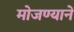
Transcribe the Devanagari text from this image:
मोजण्याने